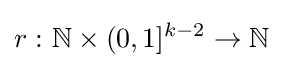
r\,\colon \mathbb {N} \times (0,1]^{k-2}\to \mathbb {N}